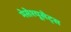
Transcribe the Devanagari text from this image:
मेसेश्यूसेट्स